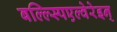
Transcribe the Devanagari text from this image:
बल्ल्स्पिएल्वेरेइन्